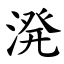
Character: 溌